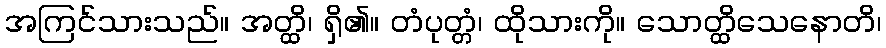
အကြင်သားသည်။ အတ္ထိ၊ ရှိ၏။ တံပုတ္တံ၊ ထိုသားကို။ သောတ္ထိသေနောတိ၊